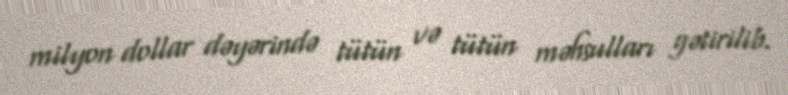
milyon dollar dəyərində tütün və tütün məhsulları gətirilib.